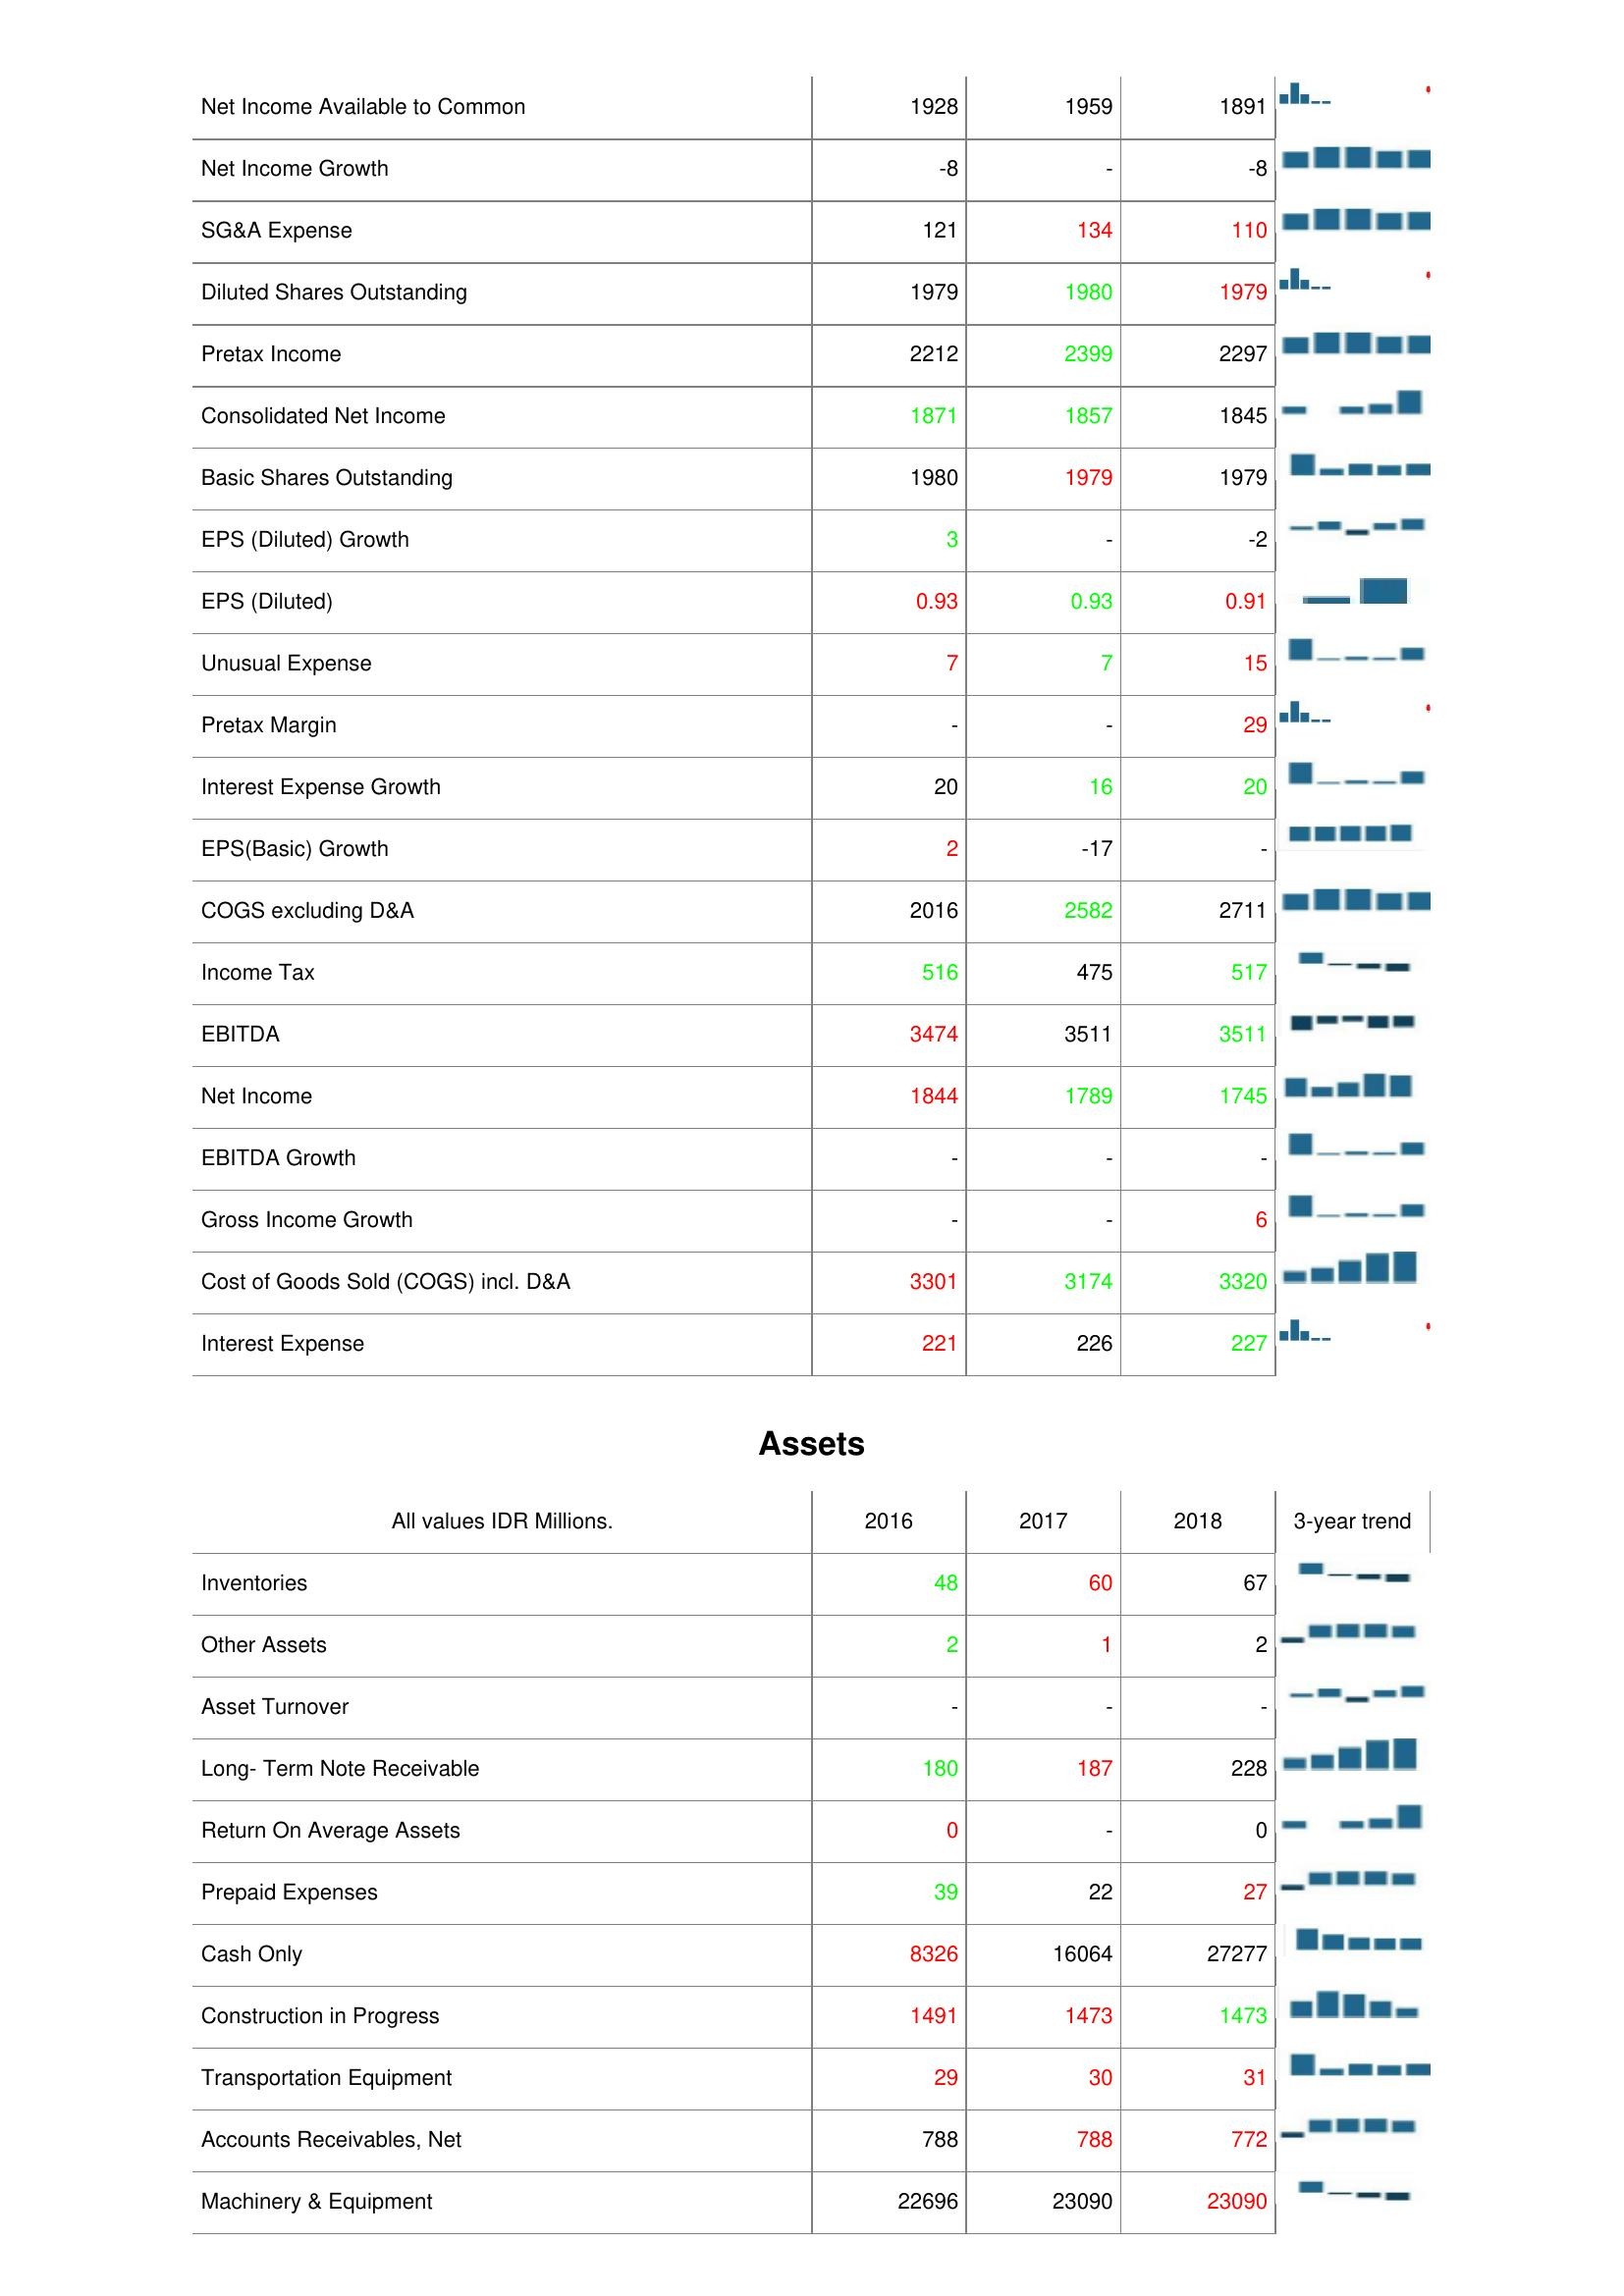
2016: : Net Income Available to Common: 1928
Net Income Growth: -8
SG&A Expense: 121
Diluted Shares Outstanding: 1979
Pretax Income: 2212
Consolidated Net Income: 1871
Basic Shares Outstanding: 1980
EPS (Diluted) Growth: 3
EPS (Diluted): 0.93
Unusual Expense: 7
Pretax Margin: -
Interest Expense Growth: 20
EPS(Basic) Growth: 2
COGS excluding D&A: 2016
Income Tax: 516
EBITDA: 3474
Net Income: 1844
EBITDA Growth: -
Gross Income Growth: -
Cost of Goods Sold (COGS) incl. D&A: 3301
Interest Expense: 221
Assets: Inventories: 48
Other Assets: 2
Asset Turnover: -
Long- Term Note Receivable: 180
Return On Average Assets: 0
Prepaid Expenses: 39
Cash Only: 8326
Construction in Progress: 1491
Transportation Equipment: 29
Accounts Receivables, Net: 788
Machinery & Equipment: 22696
2017: : Net Income Available to Common: 1959
Net Income Growth: -
SG&A Expense: 134
Diluted Shares Outstanding: 1980
Pretax Income: 2399
Consolidated Net Income: 1857
Basic Shares Outstanding: 1979
EPS (Diluted) Growth: -
EPS (Diluted): 0.93
Unusual Expense: 7
Pretax Margin: -
Interest Expense Growth: 16
EPS(Basic) Growth: -17
COGS excluding D&A: 2582
Income Tax: 475
EBITDA: 3511
Net Income: 1789
EBITDA Growth: -
Gross Income Growth: -
Cost of Goods Sold (COGS) incl. D&A: 3174
Interest Expense: 226
Assets: Inventories: 60
Other Assets: 1
Asset Turnover: -
Long- Term Note Receivable: 187
Return On Average Assets: -
Prepaid Expenses: 22
Cash Only: 16064
Construction in Progress: 1473
Transportation Equipment: 30
Accounts Receivables, Net: 788
Machinery & Equipment: 23090
2018: : Net Income Available to Common: 1891
Net Income Growth: -8
SG&A Expense: 110
Diluted Shares Outstanding: 1979
Pretax Income: 2297
Consolidated Net Income: 1845
Basic Shares Outstanding: 1979
EPS (Diluted) Growth: -2
EPS (Diluted): 0.91
Unusual Expense: 15
Pretax Margin: 29
Interest Expense Growth: 20
EPS(Basic) Growth: -
COGS excluding D&A: 2711
Income Tax: 517
EBITDA: 3511
Net Income: 1745
EBITDA Growth: -
Gross Income Growth: 6
Cost of Goods Sold (COGS) incl. D&A: 3320
Interest Expense: 227
Assets: Inventories: 67
Other Assets: 2
Asset Turnover: -
Long- Term Note Receivable: 228
Return On Average Assets: 0
Prepaid Expenses: 27
Cash Only: 27277
Construction in Progress: 1473
Transportation Equipment: 31
Accounts Receivables, Net: 772
Machinery & Equipment: 23090